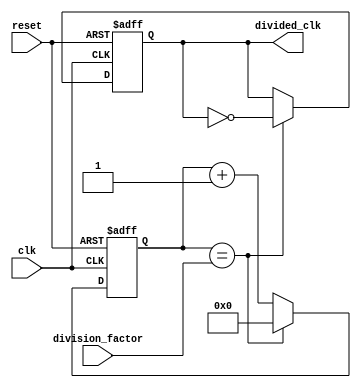
module JohnsonCounterClockDivider (
    input wire clk,
    input wire reset,
    input wire [7:0] division_factor,
    output reg divided_clk
);

reg [7:0] counter;

always @(posedge clk or posedge reset) begin
    if (reset) begin
        counter <= 8'b0;
        divided_clk <= 1'b0;
    end else begin
        counter <= counter + 1;
        if (counter == division_factor) begin
            divided_clk <= ~divided_clk;
            counter <= 8'b0;
        end
    end
end

endmodule